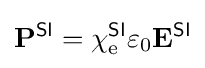
\mathbf {P} ^{\textsf {SI}}=\chi _{\text{e}}^{\textsf {SI}}\varepsilon _{0}\mathbf {E} ^{\textsf {SI}}